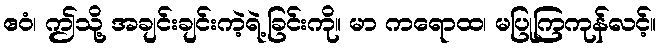
ဧဝံ၊ ဤသို့ အချင်းချင်းကဲ့ရဲ့ခြင်းကို။ မာ ကရောထ၊ မပြုကြကုန်လင့်။